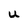
Character: u